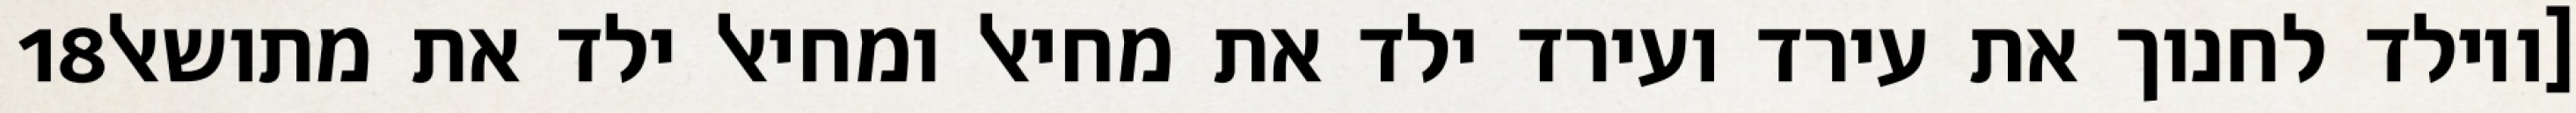
‎18‏ [ויולד לחנוך את עירד ועירד ילד את מחיאל ומחיאל ילד את מתושאל